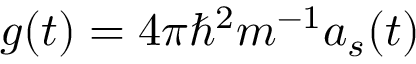
g ( t ) = 4 \pi \hbar ^ { 2 } m ^ { - 1 } a _ { s } ( t )